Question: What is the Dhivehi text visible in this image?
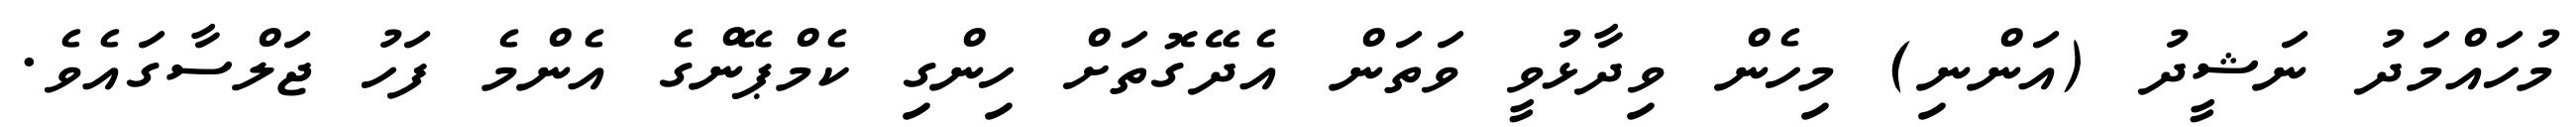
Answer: މުހައްމަދު ނަޝީދު (އަންނި) މިހެން ވިދާޅުވީ ވަތަން އެދޭގޮތަށް ހިންގި ކެމްޕޭންގެ އެންމެ ފަހު ޖަލްސާގައެވެ.